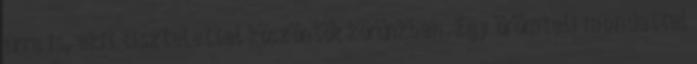
úrra is, akit tisztelettel köszöntök körünkben. Egy örömteli mondattal